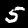
Label: 5